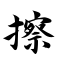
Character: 擦